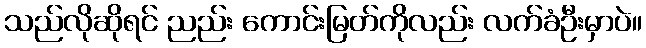
သည်လိုဆိုရင် ညည်း ကောင်းမြတ်ကိုလည်း လက်ခံဦးမှာပဲ။